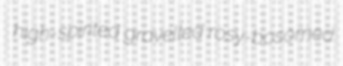
high-spirited gravelled rosy-bosomed